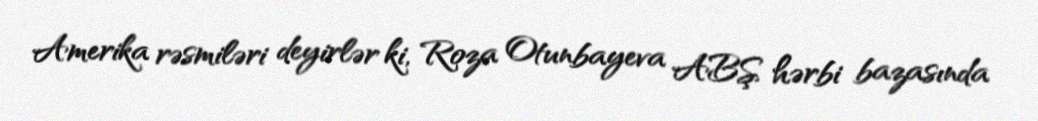
Amerika rəsmiləri deyirlər ki, Roza Otunbayeva ABŞ hərbi bazasında